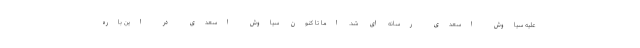
علیه سیاوش اسعدی رسانه ای شد. اما تا کنون سیاوش اسعدی در این باره